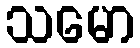
သမော